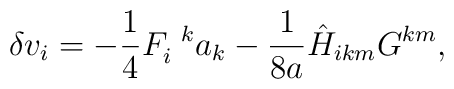
\delta v_{i} = - \frac{1}{4} F_{i}^{\;\;k} a_{k} -\frac{1}{8a} {{\hat{H}}}_{ikm} G^{km},